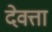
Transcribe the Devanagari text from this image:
देवत्ता